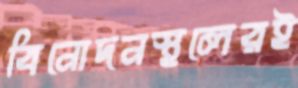
বিনোদনস্থলেরই